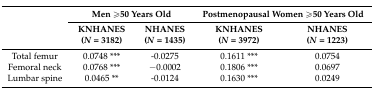
<table><thead><tr><td rowspan="2"></td><td colspan="2"><b>Men ≥50 Years Old</b></td><td colspan="2"><b>Postmenopausal Women ≥50 Years Old</b></td></tr><tr><td><b>KNHANES (<i>N</i> = 3182)</b></td><td><b>NHANES (<i>N</i> = 1435)</b></td><td><b>KNHANES (<i>N</i> = 3972)</b></td><td><b>NHANES (<i>N</i> = 1223)</b></td></tr></thead><tbody><tr><td>Total femur</td><td>0.0748 ***</td><td>-0.0275</td><td>0.1611 ***</td><td>0.0754</td></tr><tr><td>Femoral neck</td><td>0.0768 ***</td><td>−0.0002</td><td>0.1806 ***</td><td>0.0697</td></tr><tr><td>Lumbar spine</td><td>0.0465 **</td><td>-0.0124</td><td>0.1630 ***</td><td>0.0249</td></tr></tbody></table>